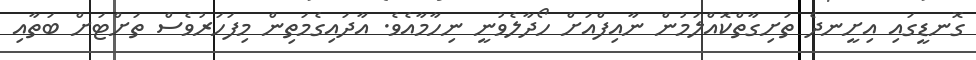
ގޮނޑީގައި އިށީނދެ ތަށިގާތްކޮއްލަމުން ނާއިފްއަށް ހޯދާލެވުނީ ނިހާމާއެވެ. އާދައިގެމަތިން މިފަހަރުވެސް ތަށްޓަށް ބަތާއި